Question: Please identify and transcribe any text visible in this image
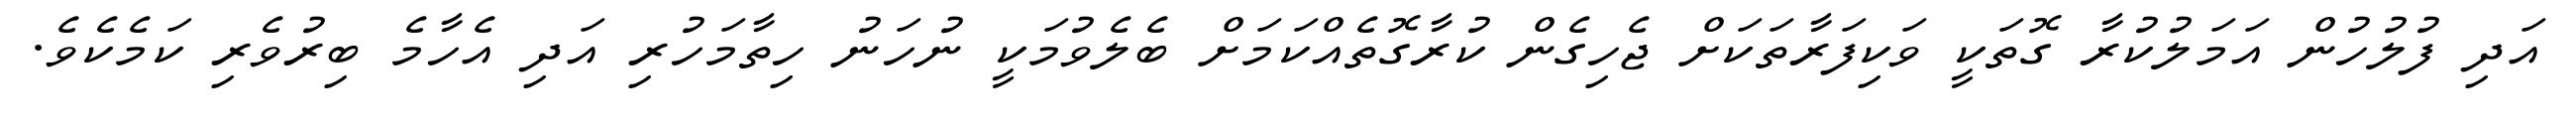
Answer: އަދި ފުލުހުން އަމަލުކުރާ ގޮތަކީ ވަކިފަރާތަކަށް ޖެހިގެން ކުރާގޮތެއްކަމަށް ބެލެވުމަކީ ނުހަނު ހިތާމަހުރި އަދި އެހާމެ ބިރުވެރި ކަމެކެވެ.